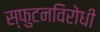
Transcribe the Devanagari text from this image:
स्‍फुटनविरोधी